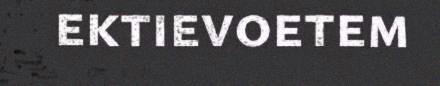
ektievoetem